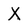
Character: X